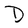
Character: D